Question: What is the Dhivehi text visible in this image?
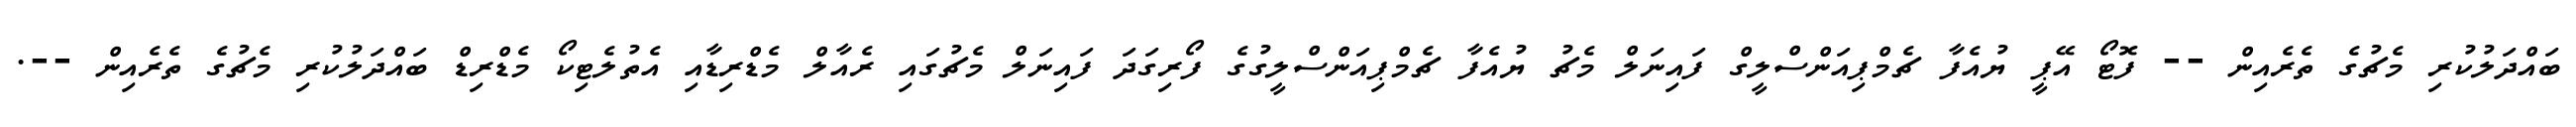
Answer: ބައްދަލުކުރި މެޗުގެ ތެރެއިން -- ފޮޓޯ އޭޕީ ޔުއެފާ ޗެމްޕިއަންސްލީގް ފައިނަލް މެޗު ޔުއެފާ ޗެމްޕިއަންސްލީގުގެ ފޯރިގަދަ ފައިނަލް މެޗުގައި ރެއާލް މެޑްރިޑާއި އެތުލެޓިކޯ މެޑްރިޑް ބައްދަލުކުރި މެޗުގެ ތެރެއިން --.